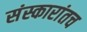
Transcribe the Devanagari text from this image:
संस्कारांतच